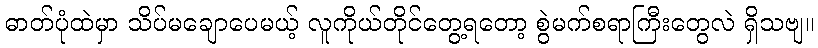
ဓာတ်ပုံထဲမှာ သိပ်မချောပေမယ့် လူကိုယ်တိုင်တွေ့ရတော့ စွဲမက်စရာကြီးတွေလဲ ရှိသဗျ။